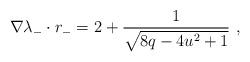
LaTeX: \begin{align*}\nabla\lambda_-\cdot r_- = 2+\frac{1}{\sqrt{8q-4u^2+1}} \ ,\end{align*}